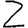
Digit: 2